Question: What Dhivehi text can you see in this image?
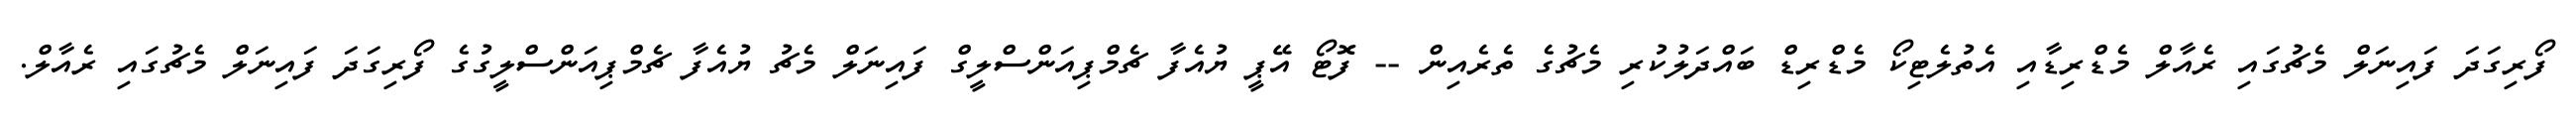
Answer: ފޯރިގަދަ ފައިނަލް މެޗުގައި ރެއާލް މެޑްރިޑާއި އެތުލެޓިކޯ މެޑްރިޑް ބައްދަލުކުރި މެޗުގެ ތެރެއިން -- ފޮޓޯ އޭޕީ ޔުއެފާ ޗެމްޕިއަންސްލީގް ފައިނަލް މެޗު ޔުއެފާ ޗެމްޕިއަންސްލީގުގެ ފޯރިގަދަ ފައިނަލް މެޗުގައި ރެއާލް.